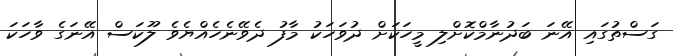
ގަސްތުގައި އޭނަ ބަދުނާމްކޮށްލި މީހަކަށް ދުވަހަކު މާފު ދެވޭނެހެއްޔެވެ ލޫކަސް އޭނަގެ ވާހަކަ